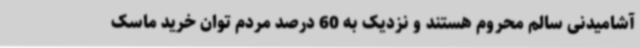
آشامیدنی سالم محروم هستند و نزدیک به 60 درصد مردم توان خرید ماسک